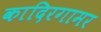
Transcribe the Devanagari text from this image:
कादिरगामर